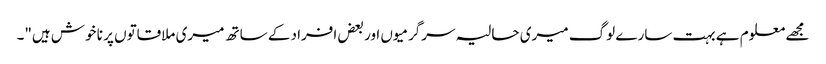
مجھے معلوم ہے بہت سارے لوگ میری حالیہ سرگرمیوں اور بعض افراد کے ساتھ میری ملاقاتوں پر نا خوش ہیں"۔